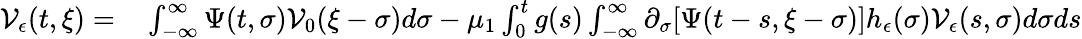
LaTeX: \begin{array}{rl}{\mathcal{V}_{\epsilon}(t,\xi)=}&{{}\int_{-\infty}^{\infty}\Psi(t,\sigma)\mathcal{V}_{0}(\xi-\sigma)d\sigma-\mu_{1}\int_{0}^{t}g(s)\int_{-\infty}^{\infty}\partial_{\sigma}[\Psi(t-s,\xi-\sigma)]h_{\epsilon}(\sigma)\mathcal{V}_{\epsilon}(s,\sigma)d\sigma ds}\end{array}